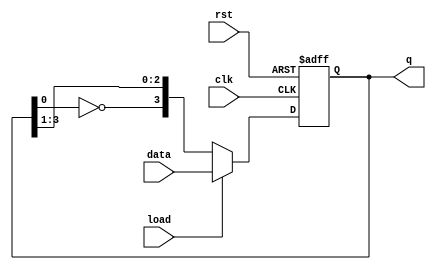
`timescale 1ns / 1ps
//////////////////////////////////////////////////////////////////////////////////

// ID          : N180116
//Branch       : ECE
//Project Name : RTL design using Verilog
//Design  Name : Jonson Counter
//Module  Name : Jonson_Counter
//RGUKT NUZVID 
//////////////////////////////////////////////////////////////////////////////////


module Jonson_Counter(clk,rst,load,data,q);
input clk,rst,load;
input [3:0]data;
output reg [3:0]q;

always @(posedge clk , posedge rst) begin
    if(rst)
        q <= 4'b0000;
    else if(load)
        q <= data;
     else
        q = {~q[0],q[3:1]};
end
endmodule